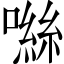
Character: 噝